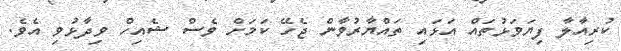
ކުރިއާލާ ފިޔަވަޅުތައް އަޅައި ތައްޔާރުވާން ޖެހޭ ކަމަށް ވެސް ޝެއިހް ވިދާޅުވި އެވެ.